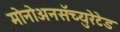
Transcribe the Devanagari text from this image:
मोनोअनसॅच्युरेटेड